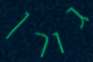
גורן